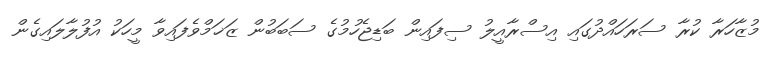
މުޒާހަރާ ކުރާ ސަރަހައްދުގައި އިސްރާއީލު ސިފައިން ބަޑިޖެހުމުގެ ސަބަބުން ޒަޚަމްވެފައިވާ މީހަކު އުފުލާލައިގެން